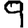
Digit: 9